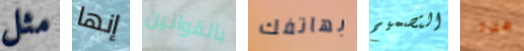
مثل إنها بالقوانين بهاتفك التصميم هذا